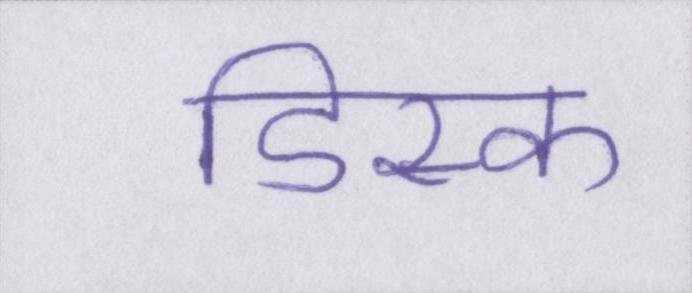
डिस्क